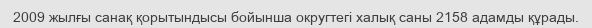
2009 жылғы санақ қорытындысы бойынша округтегі халық саны 2158 адамды құрады.